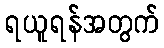
ရယူရန်အတွက်